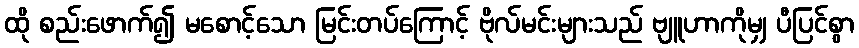
ထို စည်းဖောက်၍ မစောင့်သော မြင်းတပ်ကြောင့် ဗိုလ်မင်းများသည် ဗျူဟာကိုမျှ ပီပြင်စွာ